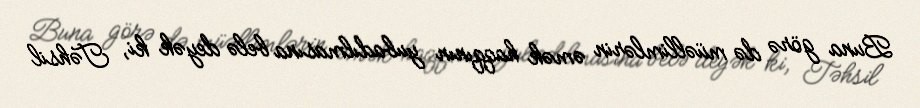
Buna görə də müəllimlərin əmək haqqının yubadılmasına belə deyək ki, Təhsil